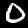
Digit: 0